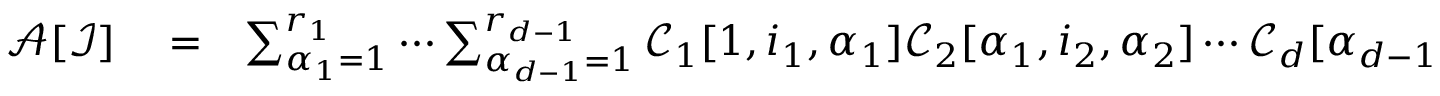
\begin{array} { r l r } { \mathcal { A } [ \mathcal { I } ] } & { { } = } & { \sum _ { \alpha _ { 1 } = 1 } ^ { r _ { 1 } } \cdots \sum _ { \alpha _ { d - 1 } = 1 } ^ { r _ { d - 1 } } \mathcal { C } _ { 1 } [ 1 , i _ { 1 } , \alpha _ { 1 } ] \mathcal { C } _ { 2 } [ \alpha _ { 1 } , i _ { 2 } , \alpha _ { 2 } ] \cdots \mathcal { C } _ { d } [ \alpha _ { d - 1 } , i _ { d } , 1 ] } \end{array}